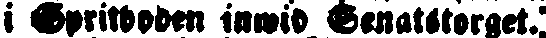
i Spritboden inwid Senatstorget: